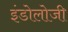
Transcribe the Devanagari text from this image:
इंडोलोजी